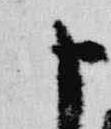
十